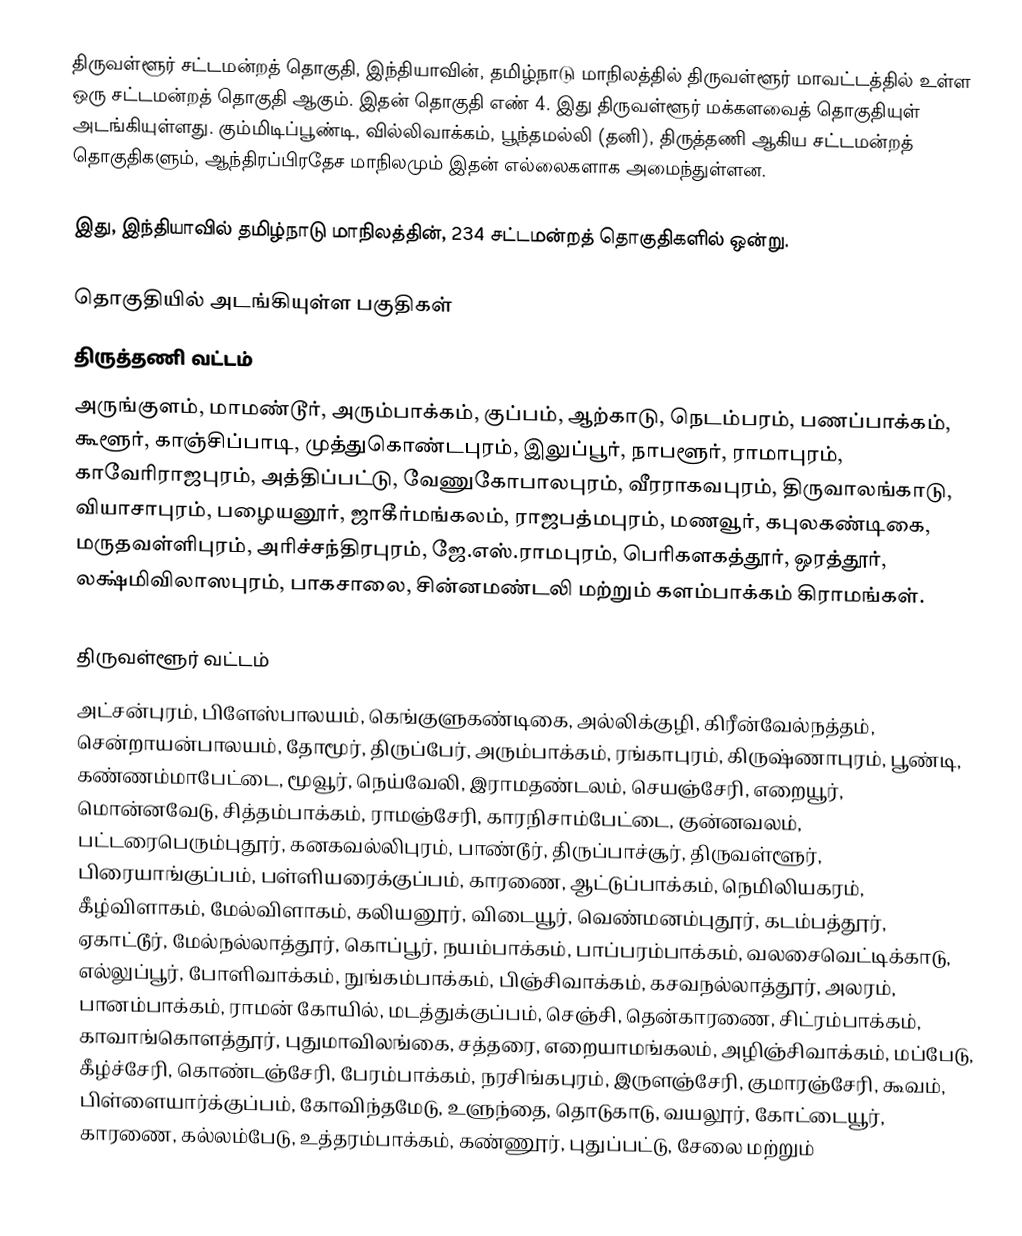
திருவள்ளூர் சட்டமன்றத் தொகுதி, இந்தியாவின், தமிழ்நாடு மாநிலத்தில்  திருவள்ளூர் மாவட்டத்தில் உள்ள ஒரு சட்டமன்றத் தொகுதி ஆகும். இதன் தொகுதி எண் 4. இது திருவள்ளூர் மக்களவைத் தொகுதியுள் அடங்கியுள்ளது. கும்மிடிப்பூண்டி, வில்லிவாக்கம், பூந்தமல்லி (தனி), திருத்தணி ஆகிய சட்டமன்றத் தொகுதிகளும், ஆந்திரப்பிரதேச மாநிலமும் இதன் எல்லைகளாக அமைந்துள்ளன.

இது, இந்தியாவில் தமிழ்நாடு மாநிலத்தின், 234 சட்டமன்றத் தொகுதிகளில் ஒன்று.

தொகுதியில் அடங்கியுள்ள பகுதிகள்
திருத்தணி வட்டம்
அருங்குளம், மாமண்டூர், அரும்பாக்கம், குப்பம், ஆற்காடு, நெடம்பரம், பணப்பாக்கம், கூளூர், காஞ்சிப்பாடி, முத்துகொண்டபுரம், இலுப்பூர், நாபளூர், ராமாபுரம், காவேரிராஜபுரம், அத்திப்பட்டு, வேணுகோபாலபுரம், வீரராகவபுரம், திருவாலங்காடு, வியாசாபுரம், பழையனூர், ஜாகீர்மங்கலம், ராஜபத்மபுரம், மணவூர், கபுலகண்டிகை, மருதவள்ளிபுரம், அரிச்சந்திரபுரம், ஜே.எஸ்.ராமபுரம், பெரிகளகத்தூர், ஒரத்தூர், லக்ஷ்மிவிலாஸபுரம், பாகசாலை, சின்னமண்டலி மற்றும் களம்பாக்கம் கிராமங்கள்.

திருவள்ளூர் வட்டம்
அட்சன்புரம், பிளேஸ்பாலயம், கெங்குளுகண்டிகை, அல்லிக்குழி, கிரீன்வேல்நத்தம், சென்றாயன்பாலயம், தோமூர், திருப்பேர், அரும்பாக்கம், ரங்காபுரம், கிருஷ்ணாபுரம், பூண்டி, கண்ணம்மாபேட்டை, மூவூர், நெய்வேலி, இராமதண்டலம், செயஞ்சேரி, எறையூர், மொன்னவேடு, சித்தம்பாக்கம், ராமஞ்சேரி, காரநிசாம்பேட்டை, குன்னவலம், பட்டரைபெரும்புதூர், கனகவல்லிபுரம், பாண்டூர், திருப்பாச்சூர், திருவள்ளூர், பிரையாங்குப்பம், பள்ளியரைக்குப்பம், காரணை, ஆட்டுப்பாக்கம், நெமிலியகரம், கீழ்விளாகம், மேல்விளாகம், கலியனூர், விடையூர், வெண்மனம்புதூர், கடம்பத்தூர், ஏகாட்டூர், மேல்நல்லாத்தூர், கொப்பூர், நயம்பாக்கம், பாப்பரம்பாக்கம், வலசைவெட்டிக்காடு, எல்லுப்பூர், போளிவாக்கம், நுங்கம்பாக்கம், பிஞ்சிவாக்கம், கசவநல்லாத்தூர், அலரம், பானம்பாக்கம், ராமன் கோயில், மடத்துக்குப்பம், செஞ்சி, தென்காரணை, சிட்ரம்பாக்கம், காவாங்கொளத்தூர், புதுமாவிலங்கை, சத்தரை, எறையாமங்கலம், அழிஞ்சிவாக்கம், மப்பேடு, கீழ்ச்சேரி, கொண்டஞ்சேரி, பேரம்பாக்கம், நரசிங்கபுரம், இருளஞ்சேரி, குமாரஞ்சேரி, கூவம், பிள்ளையார்க்குப்பம், கோவிந்தமேடு, உளுந்தை, தொடுகாடு, வயலூர், கோட்டையூர், காரணை, கல்லம்பேடு, உத்தரம்பாக்கம், கண்ணூர், புதுப்பட்டு, சேலை மற்றும்